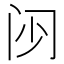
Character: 𮤰